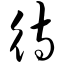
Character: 待